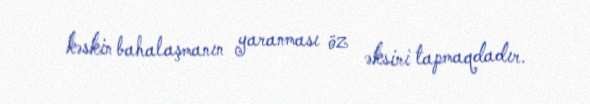
kəskin bahalaşmanın yaranması öz əksini tapmaqdadır.